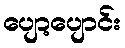
ပျော့ပျောင်း